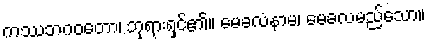
ကဿဘဂဝတော၊ ဘုရားရှင်၏။ မေခလံနာမ၊ မေခလမည်သော။